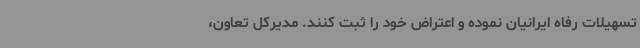
تسهیلات رفاه ایرانیان نموده و اعتراض خود را ثبت کنند. مدیرکل تعاون،